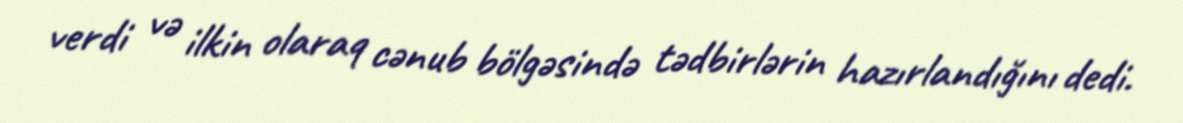
verdi və ilkin olaraq cənub bölgəsində tədbirlərin hazırlandığını dedi.